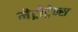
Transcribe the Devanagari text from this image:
मेट्रोट्रेन्स